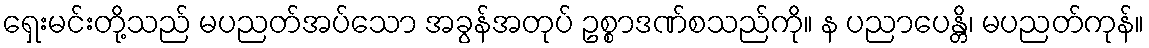
ရှေးမင်းတို့သည် မပညတ်အပ်သော အခွန်အတုပ် ဥစ္စာဒဏ်စသည်ကို။ န ပညာပေန္တိ၊ မပညတ်ကုန်။